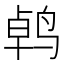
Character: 𫛱